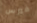
فيرس